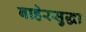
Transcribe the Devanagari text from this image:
बाहेरसुद्धा